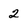
Character: 2